Annual report of the Imperial Bacteriological Laboratory, Muktesar
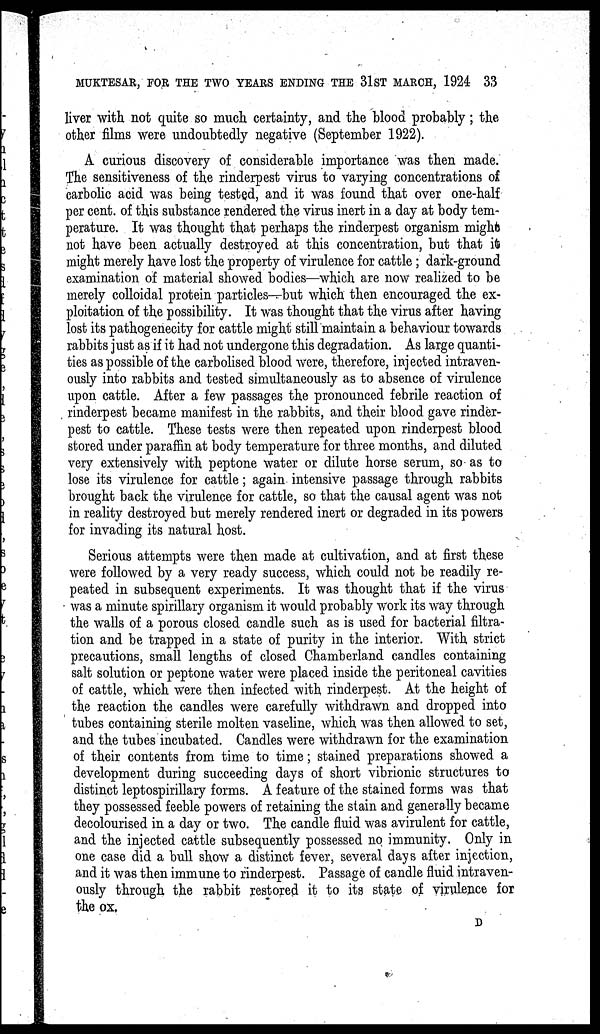
MUKTESAR, FOR THE TWO YEARS ENDING THE 31ST MARCH, 1924 33
liver with not quite so much certainty, and the blood probably; the
other films were undoubtedly negative (September 1922).
A curious discovery of considerable importance was then made.
The sensitiveness of the rinderpest virus to varying concentrations of
carbolic acid was being tested, and it was found that over one-half
per cent. of this substance rendered the virus inert in a day at body tem-
perature. It was thought that perhaps the rinderpest organism might;
not have been actually destroyed at this concentration, but that it
might merely have lost the property of virulence for cattle; dark-ground
examination of material showed bodies—which are now realized to be
merely colloidal protein particles—but which then encouraged the ex-
ploitation of the possibility. It was thought that the virus after having
lost its pathogenecity for cattle might still maintain a behaviour towards
rabbits just as if it had not undergone this degradation. As large quanti-
ties as possible of the carbolised blood were, therefore, injected intraven-
ously into rabbits and tested simultaneously as to absence of virulence
upon cattle. After a few passages the pronounced febrile reaction of
, rinderpest became manifest in the rabbits, and their blood gave rinder-
pest to cattle. These tests were then repeated upon rinderpest blood
stored under paraffin at body temperature for three months, and diluted
very extensively with peptone water or dilute horse serum, so as to
lose its virulence for cattle; again intensive passage through rabbits
brought back the virulence for cattle, so that the causal agent was not
in reality destroyed but merely rendered inert or degraded in its powers
for invading its natural host.
Serious attempts were then made at cultivation, and at first these
were followed by a very ready success, which could not be readily re-
peated in subsequent experiments. It was thought that if the virus
was a minute spirillary organism it would probably work its way through
the walls of a porous closed candle such as is used for bacterial filtra-
tion and be trapped in a state of purity in the interior. With strict
precautions, small lengths of closed Chamberland candles containing
salt solution or peptone water were placed inside the peritoneal cavities
of cattle, which were then infected with rinderpest. At the height of
the reaction the candles were carefully withdrawn and dropped into
tubes containing sterile molten vaseline, which was then allowed to set,
and the tubes incubated. Candles were withdrawn for the examination
of their contents from time to time; stained preparations showed a
development during succeeding days of short vibrionic structures to
distinct leptospirillary forms. A feature of the stained forms was that
they possessed feeble powers of retaining the stain and generally became
decolourised in a day or two. The candle fluid was avirulent for cattle,
and the injected cattle subsequently possessed no immunity. Only in
one case did a bull show a distinct fever, several days after injection,
and it was then immune to rinderpest. Passage of candle fluid intraven-
ously through the rabbit restored it to its state of virulence for
the ox.
D